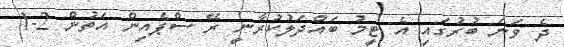
ދެ ވަނަ ބުރުގައި އެ ޓީމު ބައްދަލުކުރާނީ ރޭ ސްޕެއިން އަތުން 2-1